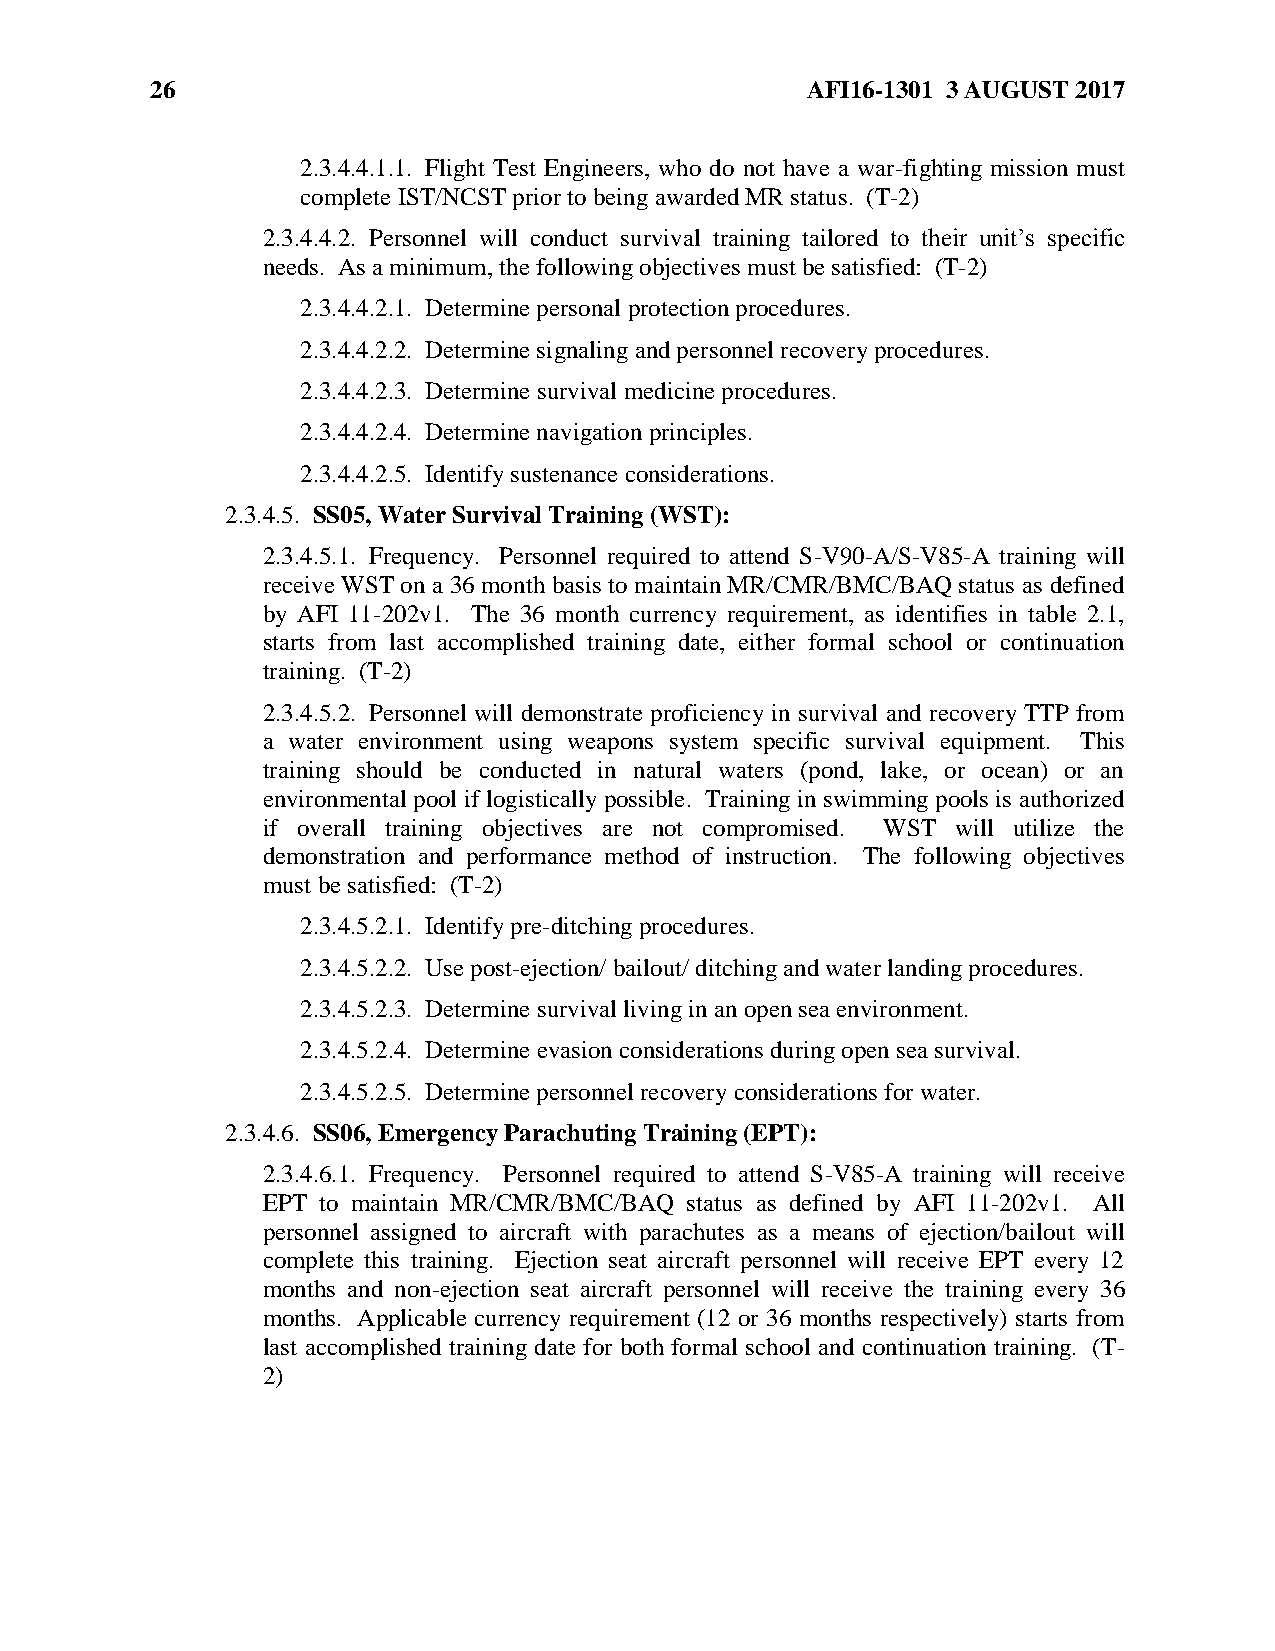
26                                         AFI16-1301 3 AUGUST 2017
 2.3.4.4.1.1. Flight Test Engineers, who do not have a war-fighting mission must
 complete IST/NCST prior to being awarded MR status. (T-2)
 2.3.4.4.2. Personnel will conduct survival training tailored to their unit’s specific
 needs. As a minimum, the following objectives must be satisfied: (T-2)
 2.3.4.4.2.1. Determine personal protection procedures.
 2.3.4.4.2.2. Determine signaling and personnel recovery procedures.
 2.3.4.4.2.3. Determine survival medicine procedures.
 2.3.4.4.2.4. Determine navigation principles.
 2.3.4.4.2.5. Identify sustenance considerations.
 2.3.4.5. SS05, Water Survival Training (WST):
 2.3.4.5.1. Frequency. Personnel required to attend S-V90-A/S-V85-A training will
 receive WST on a 36 month basis to maintain MR/CMR/BMC/BAQ status as defined
 by AFI 11-202v1. The 36 month currency requirement, as identifies in table 2.1,
 starts from last accomplished training date, either formal school or continuation
 training. (T-2)
 2.3.4.5.2. Personnel will demonstrate proficiency in survival and recovery TTP from
 a water environment using weapons system specific survival equipment. This
 training should be conducted in natural waters (pond, lake, or ocean) or an
 environmental pool if logistically possible. Training in swimming pools is authorized
 if overall training objectives are not compromised. WST will utilize the
 demonstration and performance method of instruction. The following objectives
 must be satisfied: (T-2)
 2.3.4.5.2.1. Identify pre-ditching procedures.
 2.3.4.5.2.2. Use post-ejection/ bailout/ ditching and water landing procedures.
 2.3.4.5.2.3. Determine survival living in an open sea environment.
 2.3.4.5.2.4. Determine evasion considerations during open sea survival.
 2.3.4.5.2.5. Determine personnel recovery considerations for water.
 2.3.4.6. SS06, Emergency Parachuting Training (EPT):
 2.3.4.6.1. Frequency. Personnel required to attend S-V85-A training will receive
 EPT to maintain MR/CMR/BMC/BAQ status as defined by AFI 11-202v1. All
 personnel assigned to aircraft with parachutes as a means of ejection/bailout will
 complete this training. Ejection seat aircraft personnel will receive EPT every 12
 months and non-ejection seat aircraft personnel will receive the training every 36
 months. Applicable currency requirement (12 or 36 months respectively) starts from
 last accomplished training date for both formal school and continuation training. (T-
 2)